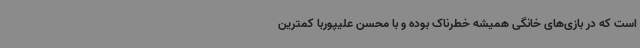
است که در بازی‌های خانگی همیشه خطرناک بوده و با محسن علیپوربا کمترین